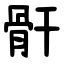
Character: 骭